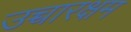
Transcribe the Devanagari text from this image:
उच्चारक्षम